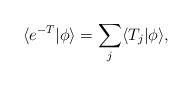
LaTeX: \begin{align*}\langle e^{-T}|\phi\rangle=\sum_j \langle T_j |\phi\rangle,\end{align*}